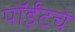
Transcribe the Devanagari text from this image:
पॉईंटचे